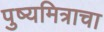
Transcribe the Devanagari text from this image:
पुष्यमित्राचा